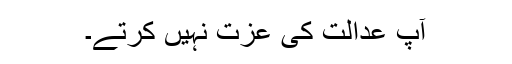
آپ عدالت کی عزت نہیں کرتے۔